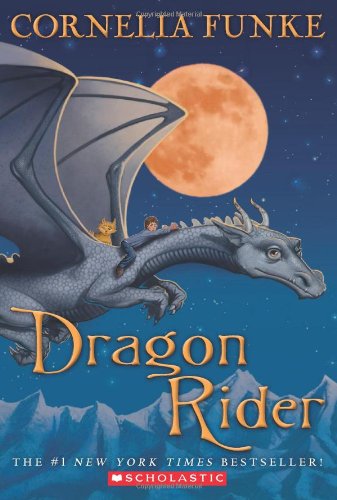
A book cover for Dragon Rider; Cornelia Funke; Children's Books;